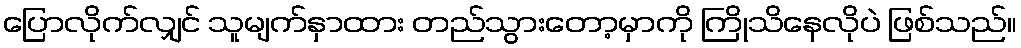
ပြောလိုက်လျှင် သူမျက်နှာထား တည်သွားတော့မှာကို ကြိုသိနေလိုပဲ ဖြစ်သည်။